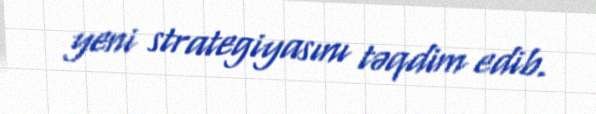
yeni strategiyasını təqdim edib.